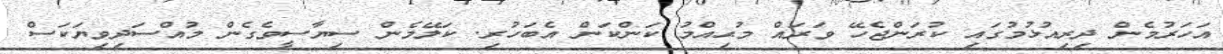
އަހަރުމެން ދިރިއުޅުމުގައި ކުރަންޖެހޭ ވަރައް މުޙިއްމު ކަންކަން އެބަހުރި. ކަލޭމެން ސިޔާސީވެގެން މުއްސަދިވިޔަކަސް